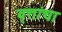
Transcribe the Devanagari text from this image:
वृत्तांचा